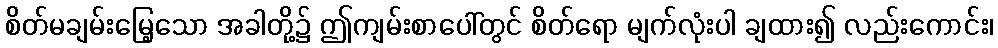
စိတ်မချမ်းမြေ့သော အခါတို့၌ ဤကျမ်းစာပေါ်တွင် စိတ်ရော မျက်လုံးပါ ချထား၍ လည်းကောင်း၊